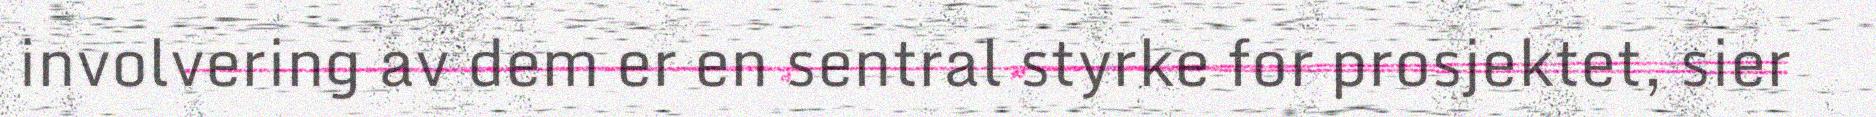
involvering av dem er en sentral styrke for prosjektet, sier